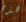
هذه